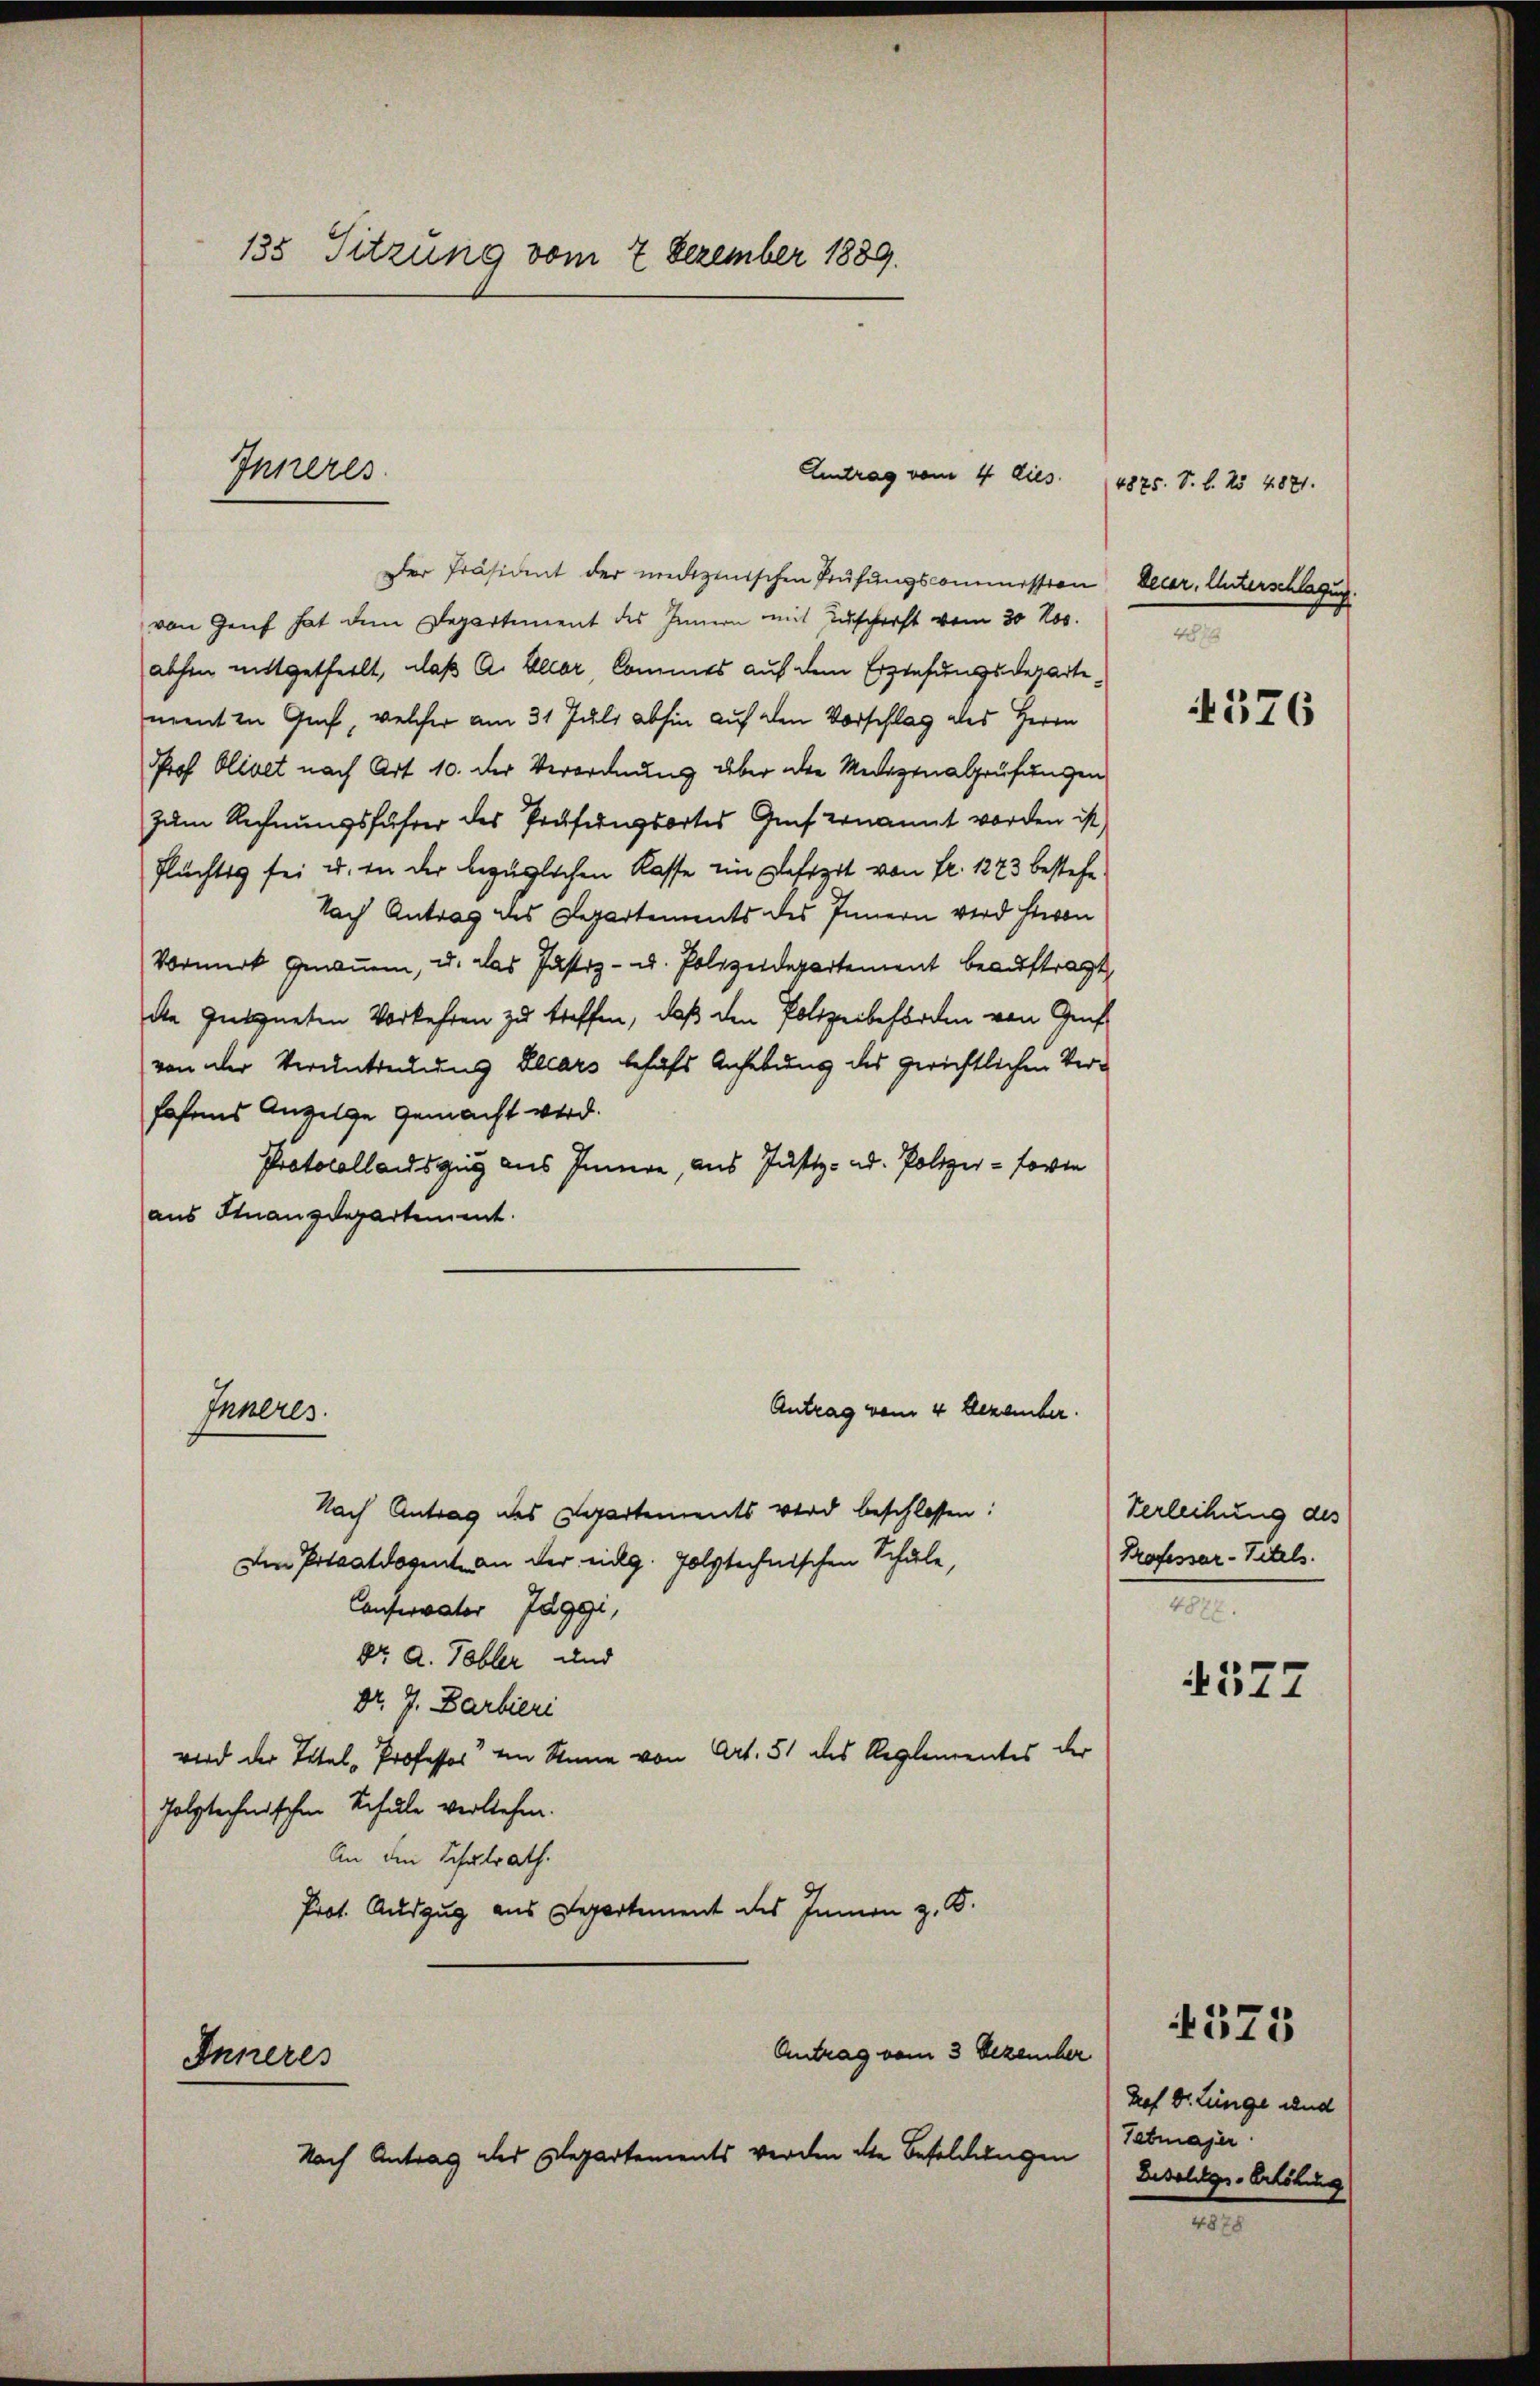
135 Sitzung vom 7 Dezember 1889.

Inneres

Inneres.

Inneres

Eintrag vom 4 dies

Der Präsident der medizinischen Prüfungscommission Delar. Unterschlagung.
von Genf hat dem Departement des Innern mit Zuschrift vom 30 Nov.
abhen mitgetheilt, daß A. Aller, kommes auf dem Erziehungsdepartement in Genf, welcher am 31 Juli abhin auf den Vorschlag des Herrn
Prof. Olivet nach Art 10. der Verordnung über der Medizinalprüfungen
zum Rechnungsführer des Prüfungsortes Genf ernannt worden ist,
flüchtig sei u. in der bezüglichen Kasse ein Defizit von Fr. 1273 bestehe
Nach Antrag des Departements des Innern wird hievon
Vormerk genommen, u. das Justiz- u. Polizeidepartement beauftragt,
die geeigneten Vorkehren zu treffen, daß den Polizeibehörden von Gruf
von der Veruntreckung Ellars behufs Anhebung des gerichtlichen Verhohens Anzeige gemacht wird.
Protocollauszug aus Innere, aus Justiz- ad. Polizei- sowie
aus Finanzdepartement.

Nach Antrag des Departements wird beschlossen:
Den Privatdozente an der eidg. Polytechnischen Schule,
Conservater Jaggi,
Dr. A. Tobler und
Dr. J. Barbieri
wird der Titel - Professor ein Sinne von Art. 51 des Reglementes der
folytechnischen Schule verliehen.
An den Schulrath.
Prot. Auszug aus Departement des Innern z. B.

Antrag vom 4 Dezember.

Antrag vom 3 Dezember
Nach Antrag des Departements werden die Besoldungen

(4825. S. B. No 4821.
48

376

Verleihung des
Professor Titels.
M

4527

Prof. Dr. Lunge und
Tabmajer
Liseliger-Erhöhung

525

t